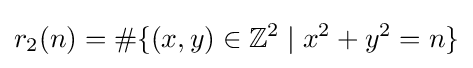
r_{2}(n)=\#\{(x,y)\in \mathbb {Z} ^{2}\mid x^{2}+y^{2}=n\}